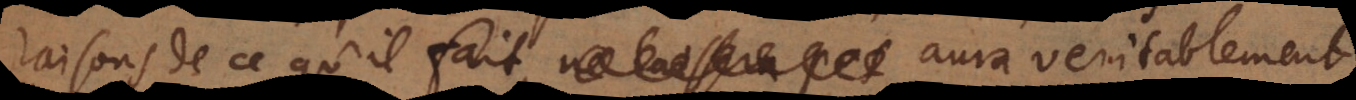
raisons de ce qu’il fait, ne laissera pas aura veritablement